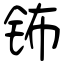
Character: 钸